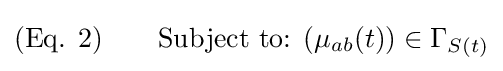
{\text{(Eq. 2)}}\qquad {\text{Subject to: }}(\mu _{ab}(t))\in \Gamma _{S(t)}